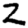
Digit: 2